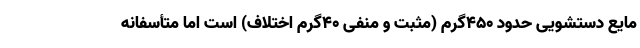
مایع دستشویی حدود ۴۵۰گرم (مثبت و منفی ۴۰گرم اختلاف) است اما متأسفانه